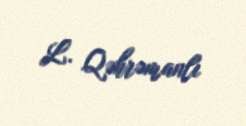
L. Qəhrəmanlı